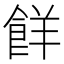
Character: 䬺